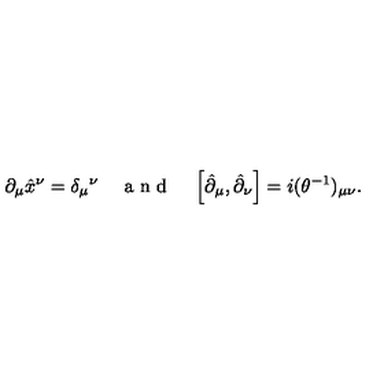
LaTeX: \partial _ { \mu } \hat { x } ^ { \nu } = \delta _ { \mu } { } ^ { \nu } \quad \textrm { a n d } \quad \left[ \hat { \partial } _ { \mu } , \hat { \partial } _ { \nu } \right] = i ( \theta ^ { - 1 } ) _ { \mu \nu } .